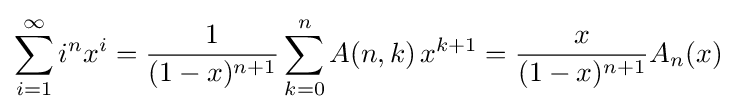
\sum _{i=1}^{\infty }i^{n}x^{i}={\frac {1}{(1-x)^{n+1}}}\sum _{k=0}^{n}A(n,k)\,x^{k+1}={\frac {x}{(1-x)^{n+1}}}A_{n}(x)